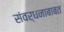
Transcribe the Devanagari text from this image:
संवर्धनाबाबत